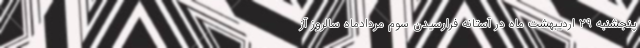
پنجشنبه ۲۹ اردیبهشت ماه در آستانه فرارسیدن سوم مردادماه سالروز آز